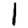
Digit: 1